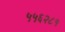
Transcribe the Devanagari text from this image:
५५६२८१